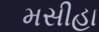
મસીહા